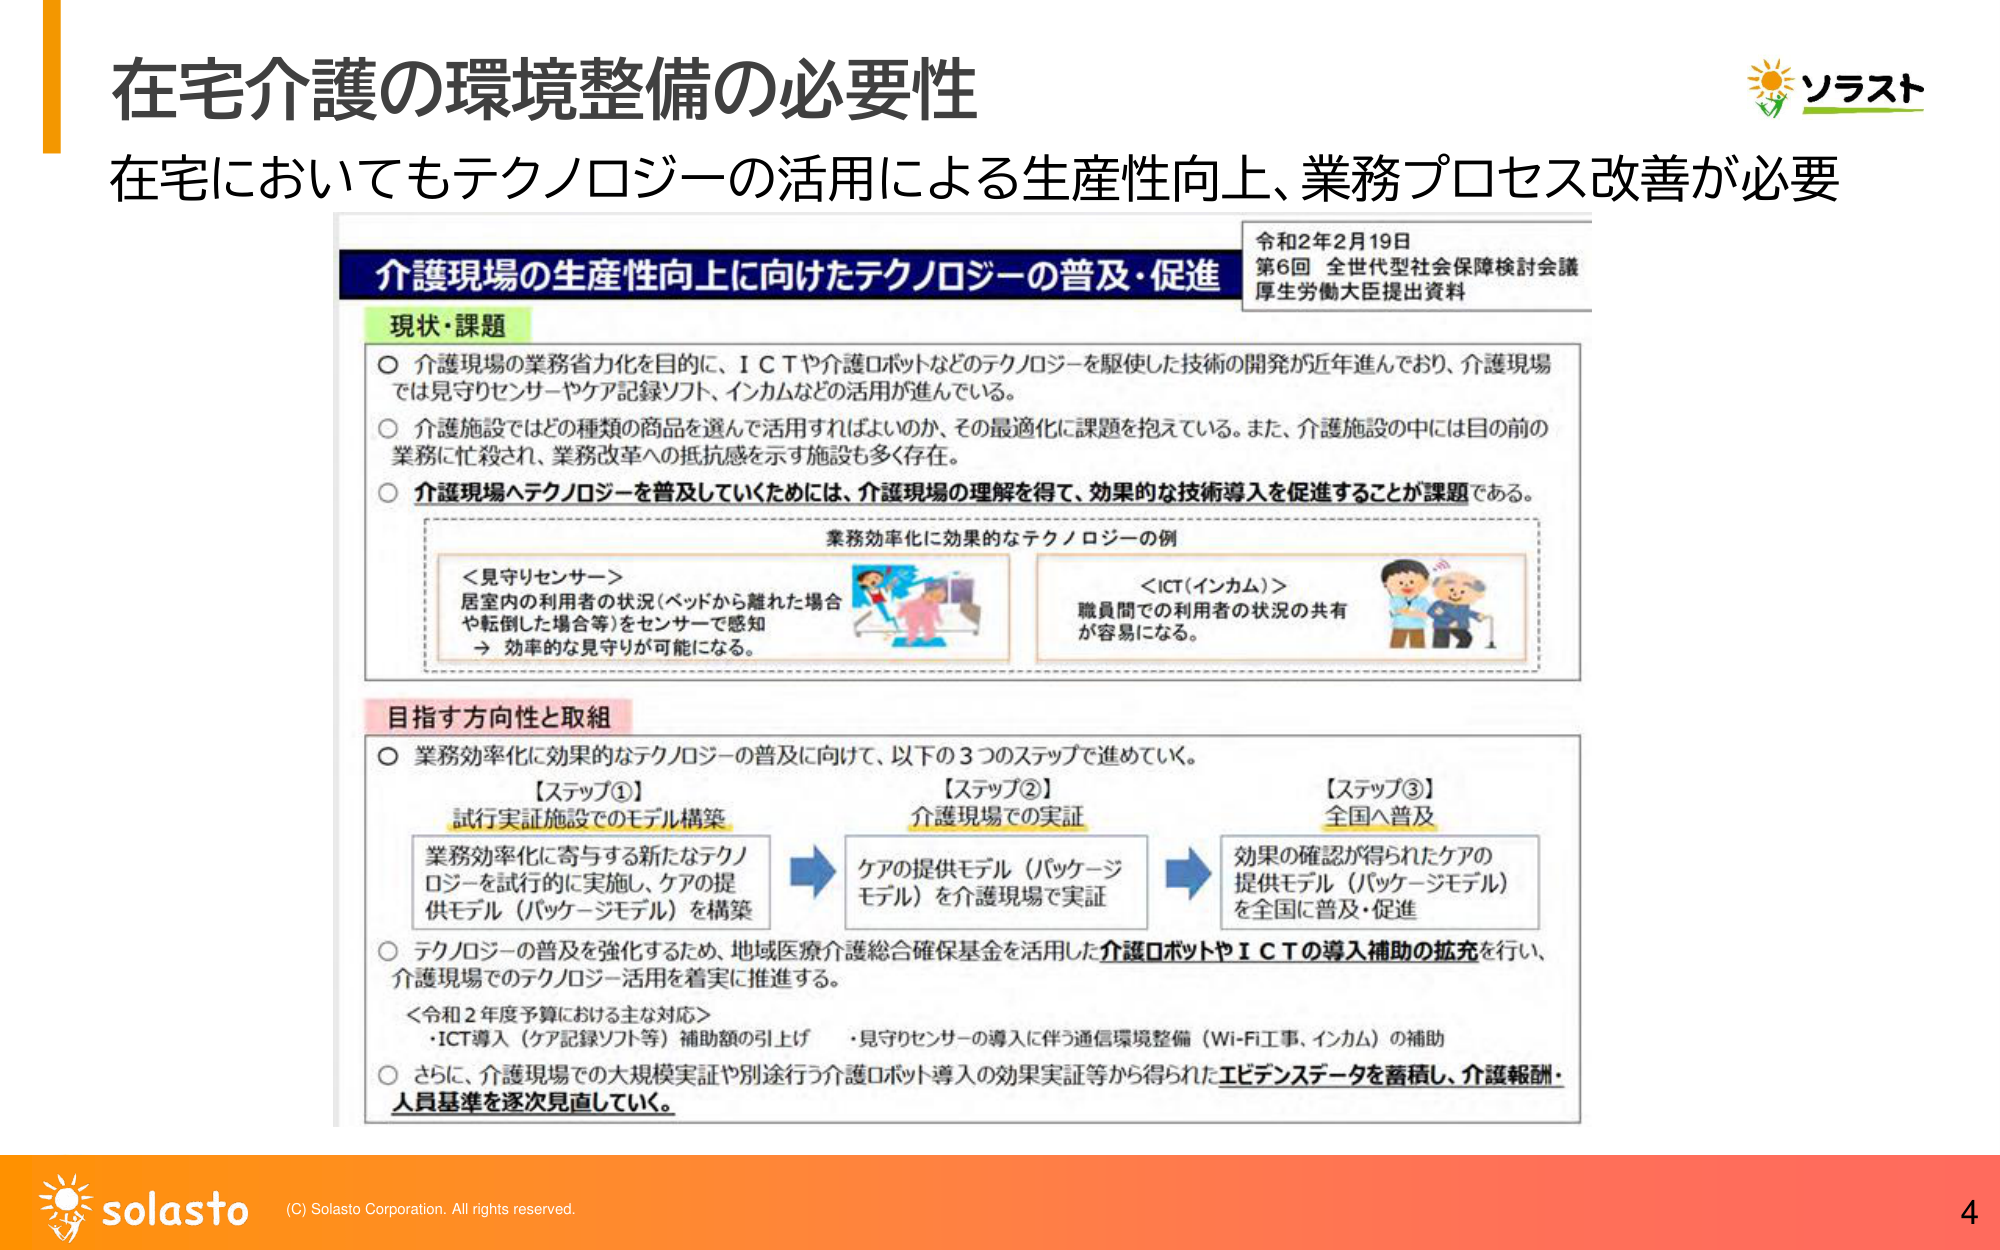
在宅介護の環境整備の必要性
在宅においてもテクノロジーの活用による生産性向上、業務プロセス改善が必要

令和2年2月19日
第6回 全世代型社会保障検討会議
厚生労働大臣提出資料

介護現場の生産性向上に向けたテクノロジーの普及・促進

現状・課題
○ 介護現場の業務省力化を目的に、ＩＣＴや介護ロボットなどのテクノロジーを駆使した技術の開発が近年進んでおり、介護現場では見守りセンサーやケア記録ソフト、インカムなどの活用が進んでいる。
○ 介護施設ではどの種類の商品を選んで活用すればよいのか、その最適化に課題を抱えている。また、介護施設の中には目の前の業務に忙殺され、業務改革への抵抗感を示す施設も多く存在。
○ 介護現場へテクノロジーを普及していくためには、介護現場の理解を得て、効果的な技術導入を促進することが課題である。

業務効率化に効果的なテクノロジーの例
＜見守りセンサー＞
居室内の利用者の状況（ベッドから離れた場合や転倒した場合等）をセンサーで感知
→ 効率的な見守りが可能になる。

＜ICT（インカム）＞
職員間での利用者の状況の共有が容易になる。

目指す方向性と取組
○ 業務効率化に効果的なテクノロジーの普及に向けて、以下の3つのステップで進めていく。
【ステップ①】
試行実証施設でのモデル構築
業務効率化に寄与する新たなテクノロジーを試行的に実施し、ケアの提供モデル（パッケージモデル）を構築

【ステップ②】
介護現場での実証
ケアの提供モデル（パッケージモデル）を介護現場で実証

【ステップ③】
全国へ普及
効果の確認が得られたケアの提供モデル（パッケージモデル）を全国に普及・促進

○ テクノロジーの普及を強化するため、地域医療介護総合確保基金を活用した介護ロボットやＩＣＴの導入補助の拡充を行い、介護現場でのテクノロジー活用を着実に推進する。
＜令和2年度予算における主な対応＞
・ICT導入（ケア記録ソフト等）補助額の引上げ
・見守りセンサーの導入に伴う通信環境整備（Wi-Fi工事、インカム）の補助

○ さらに、介護現場での大規模実証や別途行う介護ロボット導入の効果実証等から得られたエビデンスデータを蓄積し、介護報酬・人員基準を逐次見直していく。

ソラスト
solasto
(C) Solasto Corporation. All rights reserved.
4